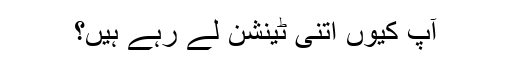
آپ کیوں اتنی ٹینشن لے رہے ہیں؟